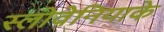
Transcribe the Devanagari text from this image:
स्लोवेनियाके